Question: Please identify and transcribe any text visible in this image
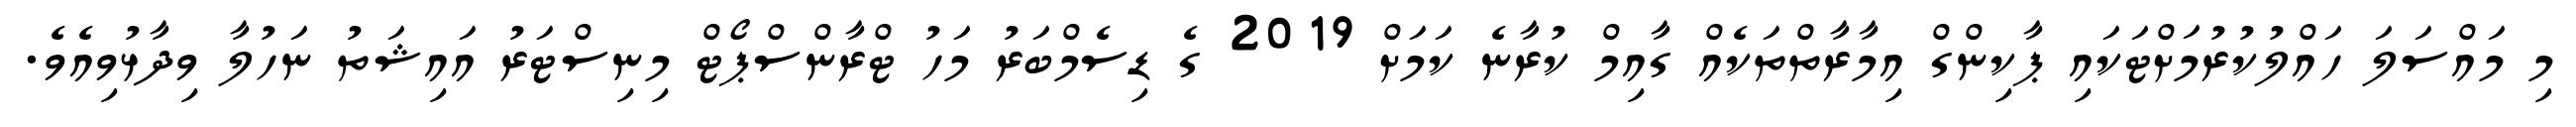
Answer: މި މައްސަލަ ހައްލުކުރުމަށްޓަކައި ޕާކިންގް އިމާރާތްތަކެއް ގާއިމް ކުރާނެ ކަމަށް 2019 ގެ ޑިސެމްބަރު މަހު ޓްރާންސްޕޯޓް މިނިސްޓަރު އައިޝަތު ނަހުލާ ވިދާޅުވިއެވެ.